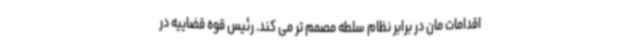
اقدامات مان در برابر نظام سلطه مصمم تر می کند. رئیس قوه قضاییه در